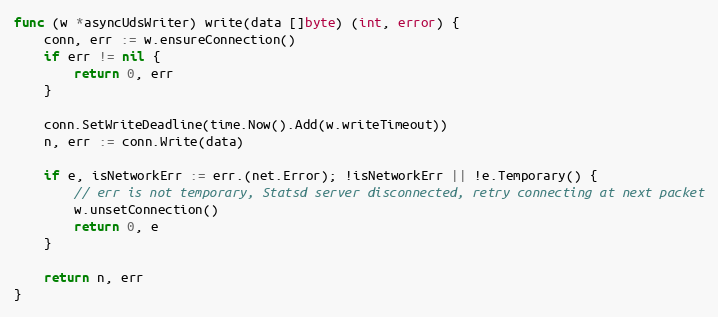
Language: Go
func (w *asyncUdsWriter) write(data []byte) (int, error) {
	conn, err := w.ensureConnection()
	if err != nil {
		return 0, err
	}

	conn.SetWriteDeadline(time.Now().Add(w.writeTimeout))
	n, err := conn.Write(data)

	if e, isNetworkErr := err.(net.Error); !isNetworkErr || !e.Temporary() {
		// err is not temporary, Statsd server disconnected, retry connecting at next packet
		w.unsetConnection()
		return 0, e
	}

	return n, err
}